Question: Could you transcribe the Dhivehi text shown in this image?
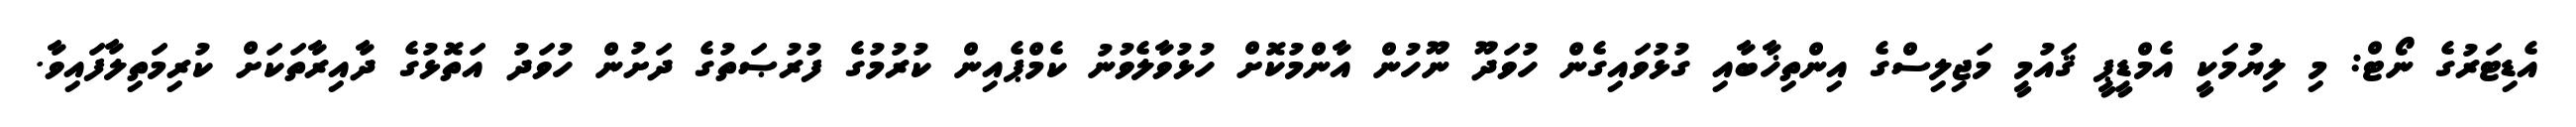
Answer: އެޑިޓަރުގެ ނޯޓް: މި ލިޔުމަކީ އެމްޑީޕީ ޤައުމީ މަޖިލިސްގެ އިންތިޚާބާއި ގުޅުވައިގެން ހުވަދޫ ނޫހުން އާންމުކޮށް ހުޅުވާލެވުނު ކެމްޕެއިން ކުރުމުގެ ފުރުޞަތުގެ ދަށުން ހުވަދު އަތޮޅުގެ ދާއިރާތަކަށް ކުރިމަތިލާފައިވާ.